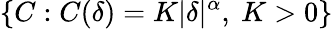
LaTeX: \{ C:C(\delta)=K|\delta|^{\alpha},\ K>0\}